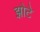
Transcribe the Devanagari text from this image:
झोटे